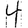
Digit: 4